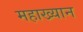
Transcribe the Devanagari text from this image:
महाख्यान